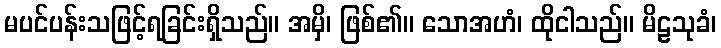
မပင်ပန်းသဖြင့်ရခြင်းရှိသည်။ အမှိ၊ ဖြစ်၏။ သောအဟံ၊ ထိုငါသည်။ မိဠသုခံ၊